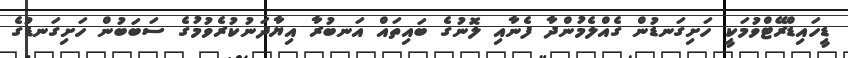
ޑީހައިޑްރޭޓްވުމަކީ ހަށިގަނޑުން ގެއްލެމުންދާ ފެނާއި ލޮނުގެ ބައިތައް އަނބުރާ އިޔާދަނުކުރެވުމުގެ ސަބަބުން ހަށިގަނޑުގެ